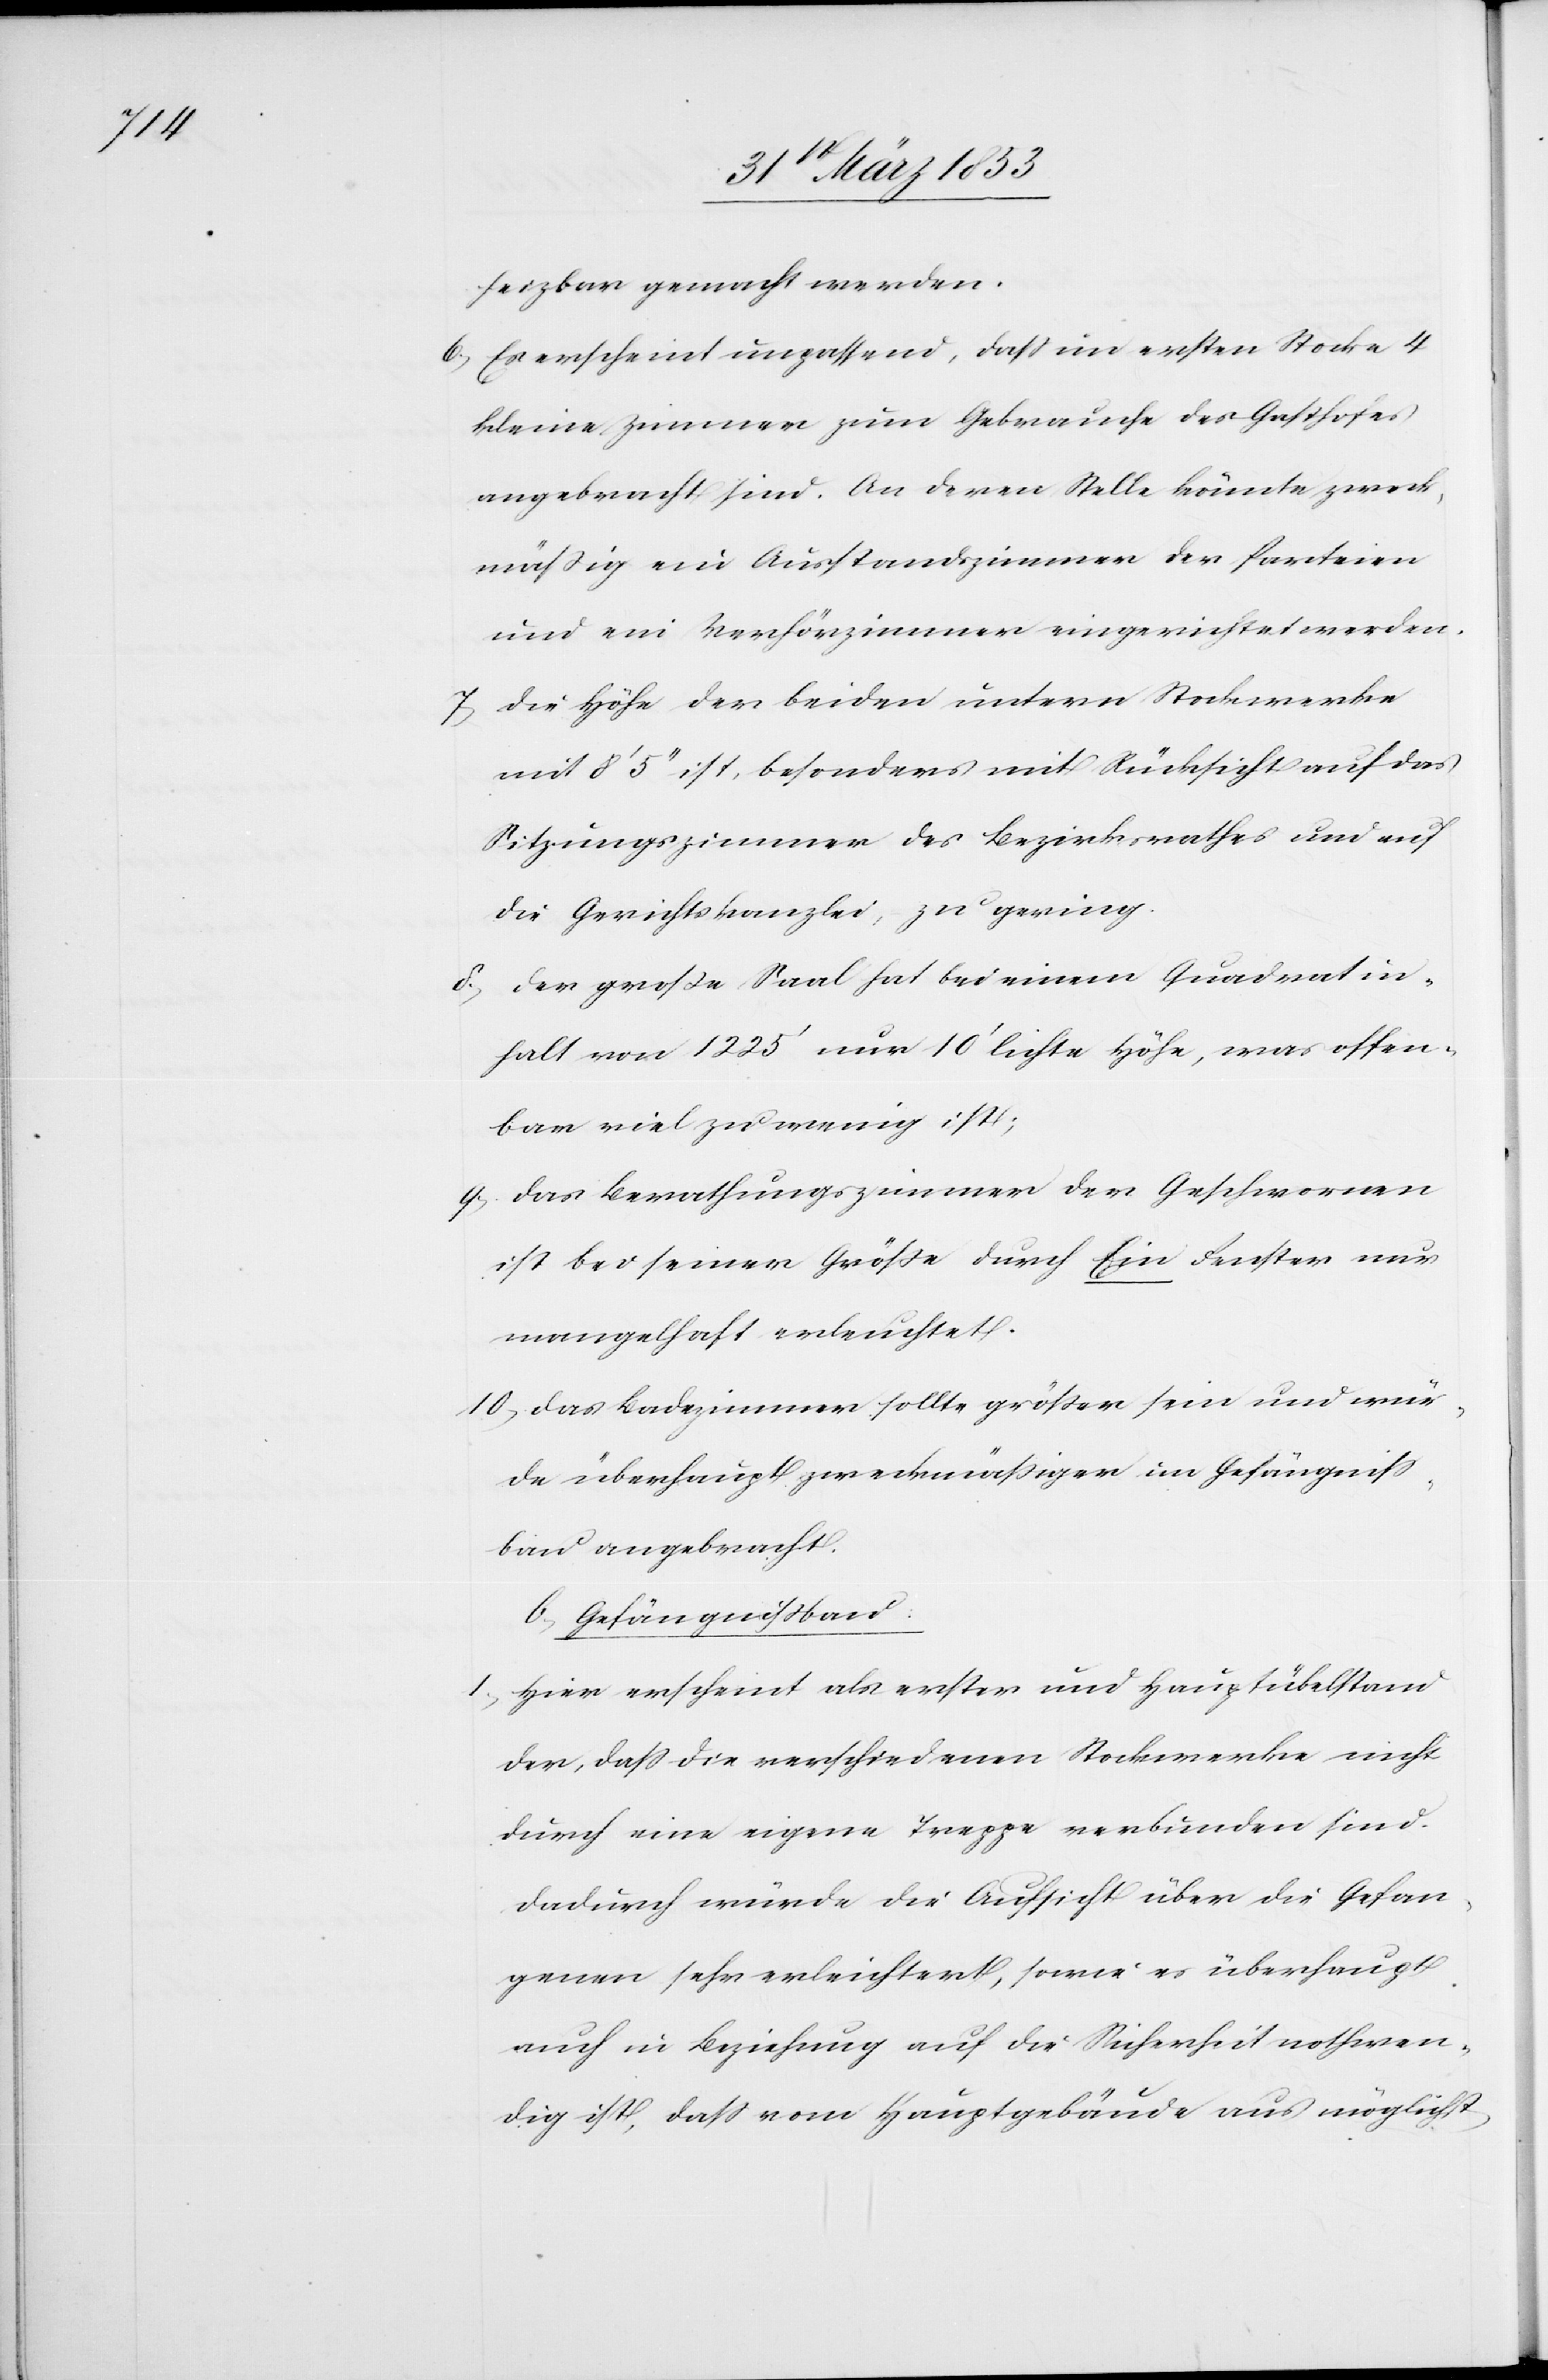
heizbar gemacht werden.
b, Es erscheint unpassend, daß im ersten Stocke 4
kleine Zimmer zum Gebrauche des Gesetzes
angebracht sind. An deren Stelle könnte zweck¬
mäßig ein Ausstandszimmer der Parteien
und ein Verhörzimmer eingerichtet werden.
7, Die Höhe der beiden untern Stockwerke
mit 8’ 5’’ ist, besonders mit Rücksicht auf das
Sitzungszimmer des Bezirksrathes und auf
die Gerichtskanzlei, zu gering.
8, Der große Saal hat bei einem Quadratin¬
halt von 1225’ nun 10’ lichte Höhe, was offen¬
bar viel zu wenig ist;
9, Das Berathungszimmer der Geschworenen
ist bei seiner Größe durch Ein Fenster nur
mangelhaft erleuchtet.
10, Das Badezimmer sollte größer sein und wür¬
de überhaupt zweckmäßiger im Gefängniß¬
bau angebracht.
b, Gefängnißbau:
1, Hier erscheint als erster und Hauptübelstand
der, daß die verschiedenen Stockwerke nicht
durch eine eigene Treppe verbunden sind.
Dadurch würde die Aufsicht über die Gefan¬
genen sehr erleichtert, sowie es überhaupt
auch in Beziehung auf die Sicherheit nothwen¬
dig ist, daß vom Hauptgebäude aus möglichst